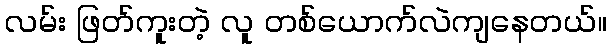
လမ်း ဖြတ်ကူးတဲ့ လူ တစ်ယောက်လဲကျနေတယ်။